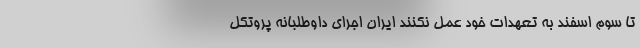
تا سوم اسفند به تعهدات خود عمل نکنند ایران اجرای داوطلبانه پروتکل